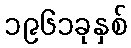
၁၉၆၁ခုနှစ်